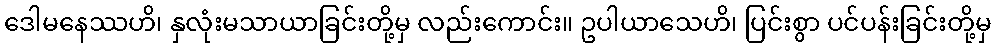
ဒေါမနေဿဟိ၊ နှလုံးမသာယာခြင်းတို့မှ လည်းကောင်း။ ဥပါယာသေဟိ၊ ပြင်းစွာ ပင်ပန်းခြင်းတို့မှ